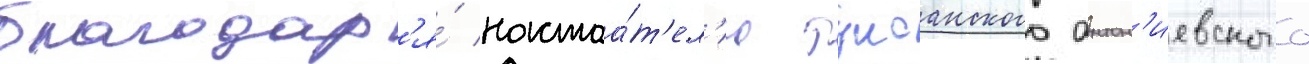
благодар'я́ настоа́т'ел'ю тулсанского антон'иевского